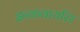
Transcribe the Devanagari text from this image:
इन्कवायरिर